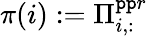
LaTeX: \pi(i):=\Pi_{i,:}^{\mathtt{p}\mathtt{p}r}